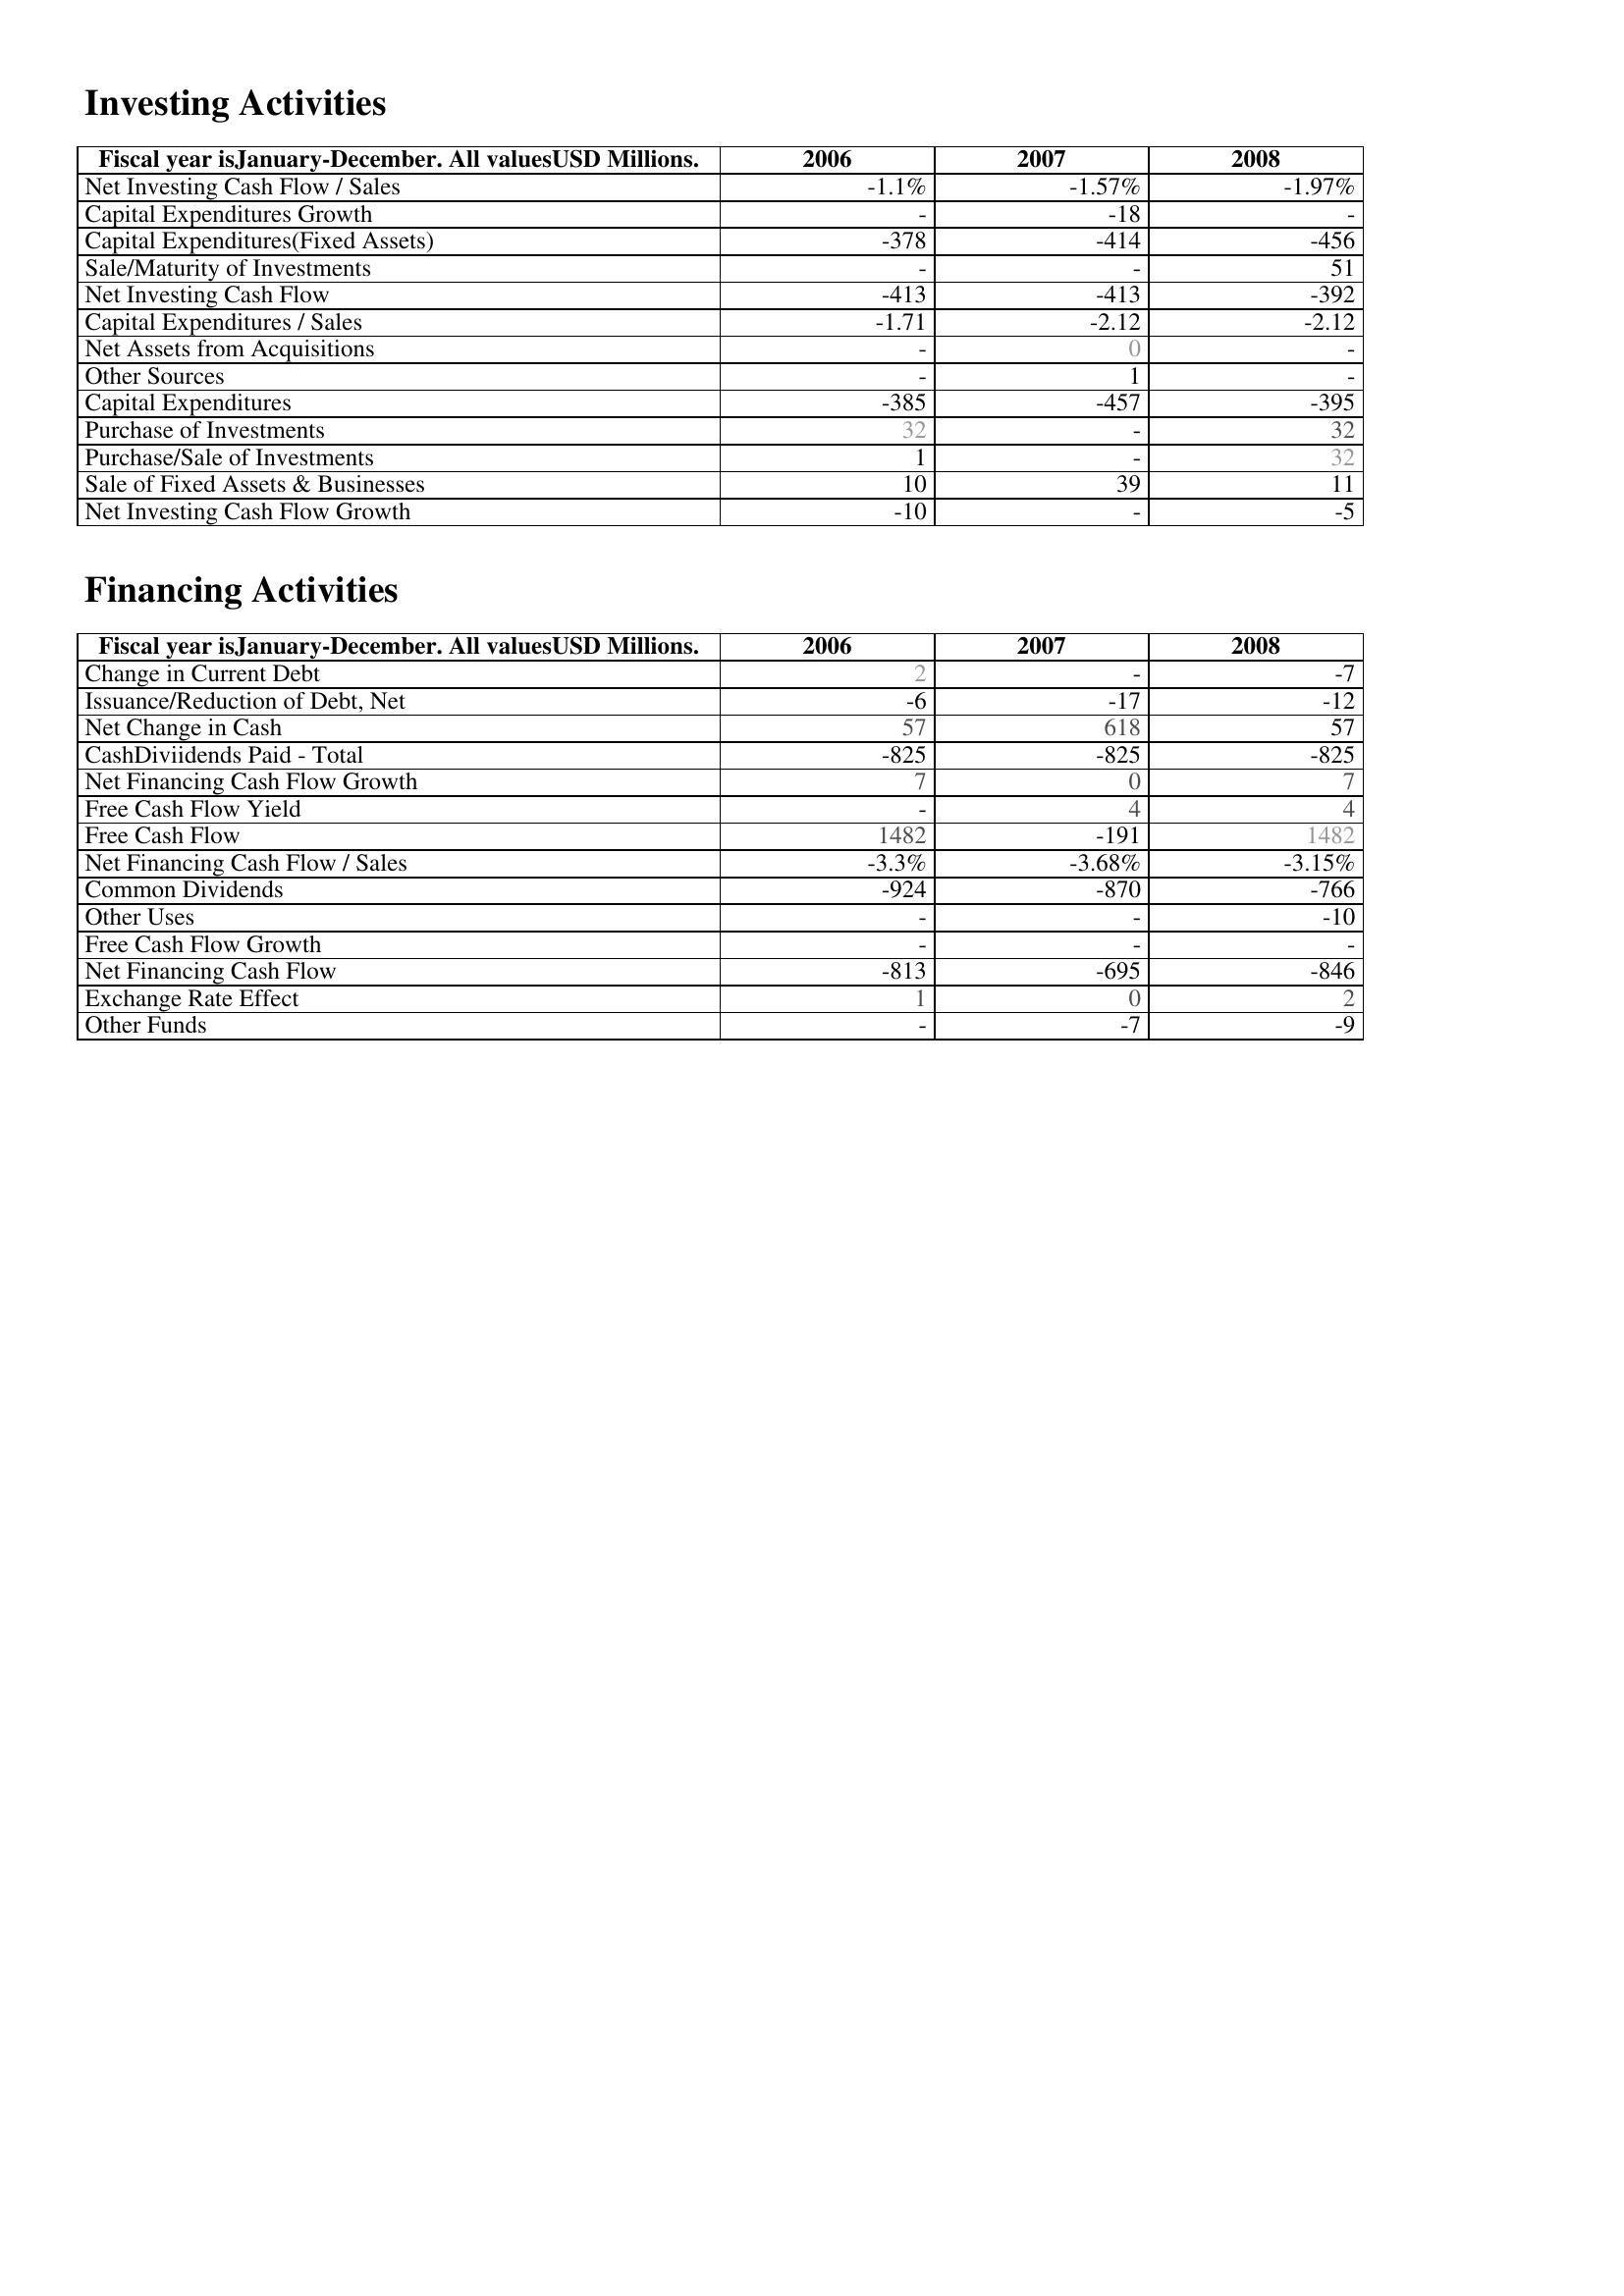
2006: Investing Activities: Net Investing Cash Flow / Sales: -1.1%
Capital Expenditures Growth: -
Capital Expenditures(Fixed Assets): -378
Sale/Maturity of Investments: -
Net Investing Cash Flow: -413
Capital Expenditures / Sales: -1.71
Net Assets from Acquisitions: -
Other Sources: -
Capital Expenditures: -385
Purchase of Investments: 32
Purchase/Sale of Investments: 1
Sale of Fixed Assets & Businesses: 10
Net Investing Cash Flow Growth: -10
Financing Activities: Change in Current Debt: 2
Issuance/Reduction of Debt, Net: -6
Net Change in Cash: 57
CashDiviidends Paid - Total: -825
Net Financing Cash Flow Growth: 7
Free Cash Flow Yield: -
Free Cash Flow: 1482
Net Financing Cash Flow / Sales: -3.3%
Common Dividends: -924
Other Uses: -
Free Cash Flow Growth: -
Net Financing Cash Flow: -813
Exchange Rate Effect: 1
Other Funds: -
2007: Investing Activities: Net Investing Cash Flow / Sales: -1.57%
Capital Expenditures Growth: -18
Capital Expenditures(Fixed Assets): -414
Sale/Maturity of Investments: -
Net Investing Cash Flow: -413
Capital Expenditures / Sales: -2.12
Net Assets from Acquisitions: 0
Other Sources: 1
Capital Expenditures: -457
Purchase of Investments: -
Purchase/Sale of Investments: -
Sale of Fixed Assets & Businesses: 39
Net Investing Cash Flow Growth: -
Financing Activities: Change in Current Debt: -
Issuance/Reduction of Debt, Net: -17
Net Change in Cash: 618
CashDiviidends Paid - Total: -825
Net Financing Cash Flow Growth: 0
Free Cash Flow Yield: 4
Free Cash Flow: -191
Net Financing Cash Flow / Sales: -3.68%
Common Dividends: -870
Other Uses: -
Free Cash Flow Growth: -
Net Financing Cash Flow: -695
Exchange Rate Effect: 0
Other Funds: -7
2008: Investing Activities: Net Investing Cash Flow / Sales: -1.97%
Capital Expenditures Growth: -
Capital Expenditures(Fixed Assets): -456
Sale/Maturity of Investments: 51
Net Investing Cash Flow: -392
Capital Expenditures / Sales: -2.12
Net Assets from Acquisitions: -
Other Sources: -
Capital Expenditures: -395
Purchase of Investments: 32
Purchase/Sale of Investments: 32
Sale of Fixed Assets & Businesses: 11
Net Investing Cash Flow Growth: -5
Financing Activities: Change in Current Debt: -7
Issuance/Reduction of Debt, Net: -12
Net Change in Cash: 57
CashDiviidends Paid - Total: -825
Net Financing Cash Flow Growth: 7
Free Cash Flow Yield: 4
Free Cash Flow: 1482
Net Financing Cash Flow / Sales: -3.15%
Common Dividends: -766
Other Uses: -10
Free Cash Flow Growth: -
Net Financing Cash Flow: -846
Exchange Rate Effect: 2
Other Funds: -9